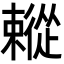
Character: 𢖗